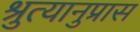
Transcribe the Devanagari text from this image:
श्रुत्यानुप्रास